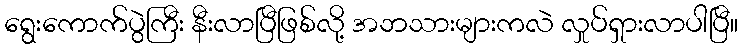
ရွေးကောက်ပွဲကြီး နီးလာပြီဖြစ်လို့ အဘသားများကလဲ လှုပ်ရှားလာပါပြီ။